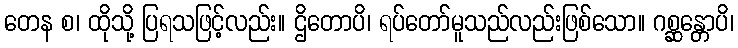
တေန စ၊ ထိုသို့ ပြရသဖြင့်လည်း။ ဌိတောပိ၊ ရပ်တော်မူသည်လည်းဖြစ်သော။ ဂစ္ဆန္တောပိ၊